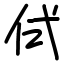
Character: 侙